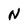
Character: N